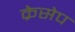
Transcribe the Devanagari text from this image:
क्रेसेप